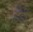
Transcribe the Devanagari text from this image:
डँडी